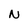
Character: N